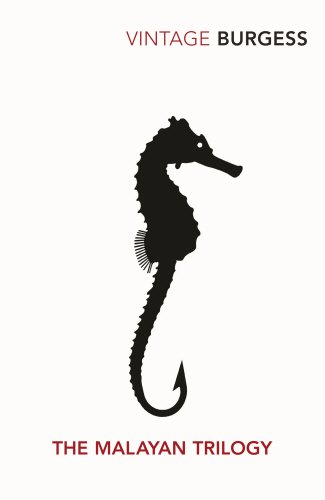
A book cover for Malayan Trilogy; Anthony Burgess; Literature & Fiction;